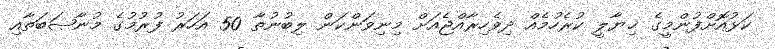
ކަޅުއޮށްފުންމީގެ ޚިޔާލީ ކުރެހުމެއް ދިވެހިރާއްޖެއަށް މިނިވަންކަން ލިބުނުތާ 50 އަހަރު ފުރުމުގެ މުނާޞަބަތާއި